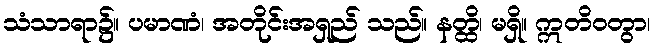
သံသာရာ၌။ ပမာဏံ၊ အတိုင်းအရှည် သည်။ နတ္ထိ၊ မရှိ။ ဣတိဝတွာ၊